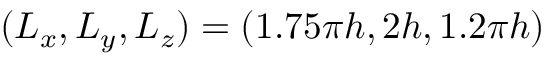
( L _ { x } , L _ { y } , L _ { z } ) = ( 1 . 7 5 \pi h , 2 h , 1 . 2 \pi h )